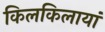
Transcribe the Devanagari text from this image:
किलकिलायां